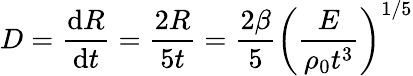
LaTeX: D={\frac{\mathrm{d}R}{\mathrm{d}t}}={\frac{2R}{5t}}={\frac{2\beta}{5}}\left({\frac{E}{\rho_{0}t^{3}}}\right)^{1/5}